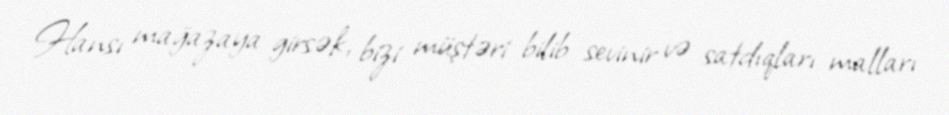
Hansı mağazaya girsək, bizi müştəri bilib sevinir və satdıqları malları